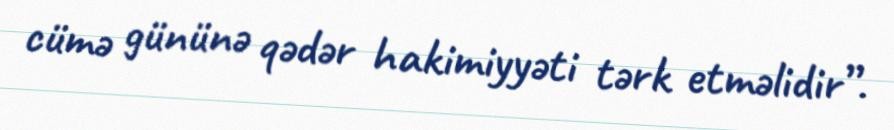
cümə gününə qədər hakimiyyəti tərk etməlidir”.